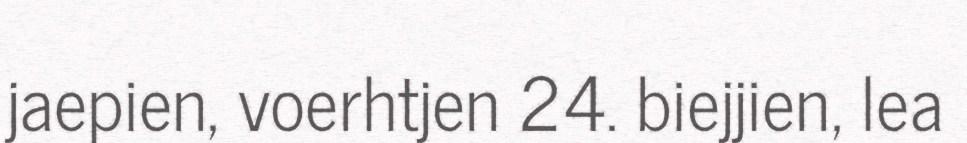
jaepien, voerhtjen 24. biejjien, lea